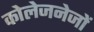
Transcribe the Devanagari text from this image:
कोलेजनेजों